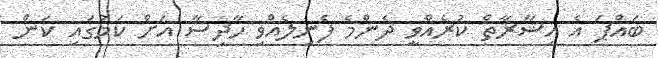
ބައްޕަ އެ އިޝާރާތް ކުރެއްވީ ދެންމެ ފެނިލެއްވި ހާދިސާ އަށް ކަމުގައި ކަން